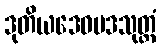
ဒုတိယဒေဝပဒသုတ္တံ